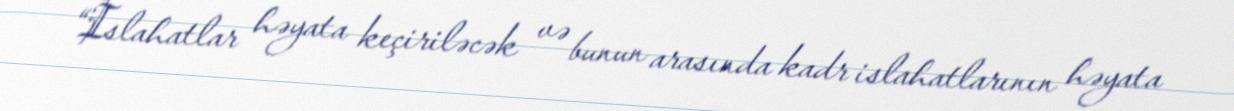
“İslahatlar həyata keçiriləcək və bunun arasında kadr islahatlarının həyata